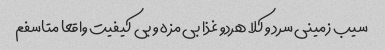
سیب زمینی سرد و کلا هردو غذا بی مزه و بی کیفیت واقعا متاسفم